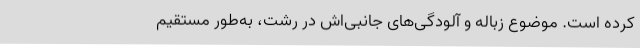
کرده است. موضوع زباله و آلودگی‌های جانبی‌اش در رشت، به‌طور مستقیم